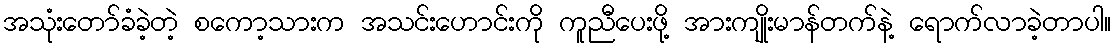
အသုံးတော်ခံခဲ့တဲ့ စကော့သားက အသင်းဟောင်းကို ကူညီပေးဖို့ အားကျိုးမာန်တက်နဲ့ ရောက်လာခဲ့တာပါ။